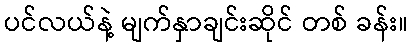
ပင်လယ်နဲ့ မျက်နှာချင်းဆိုင် တစ် ခန်း။